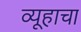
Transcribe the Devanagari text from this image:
व्यूहाचा